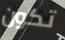
تكون